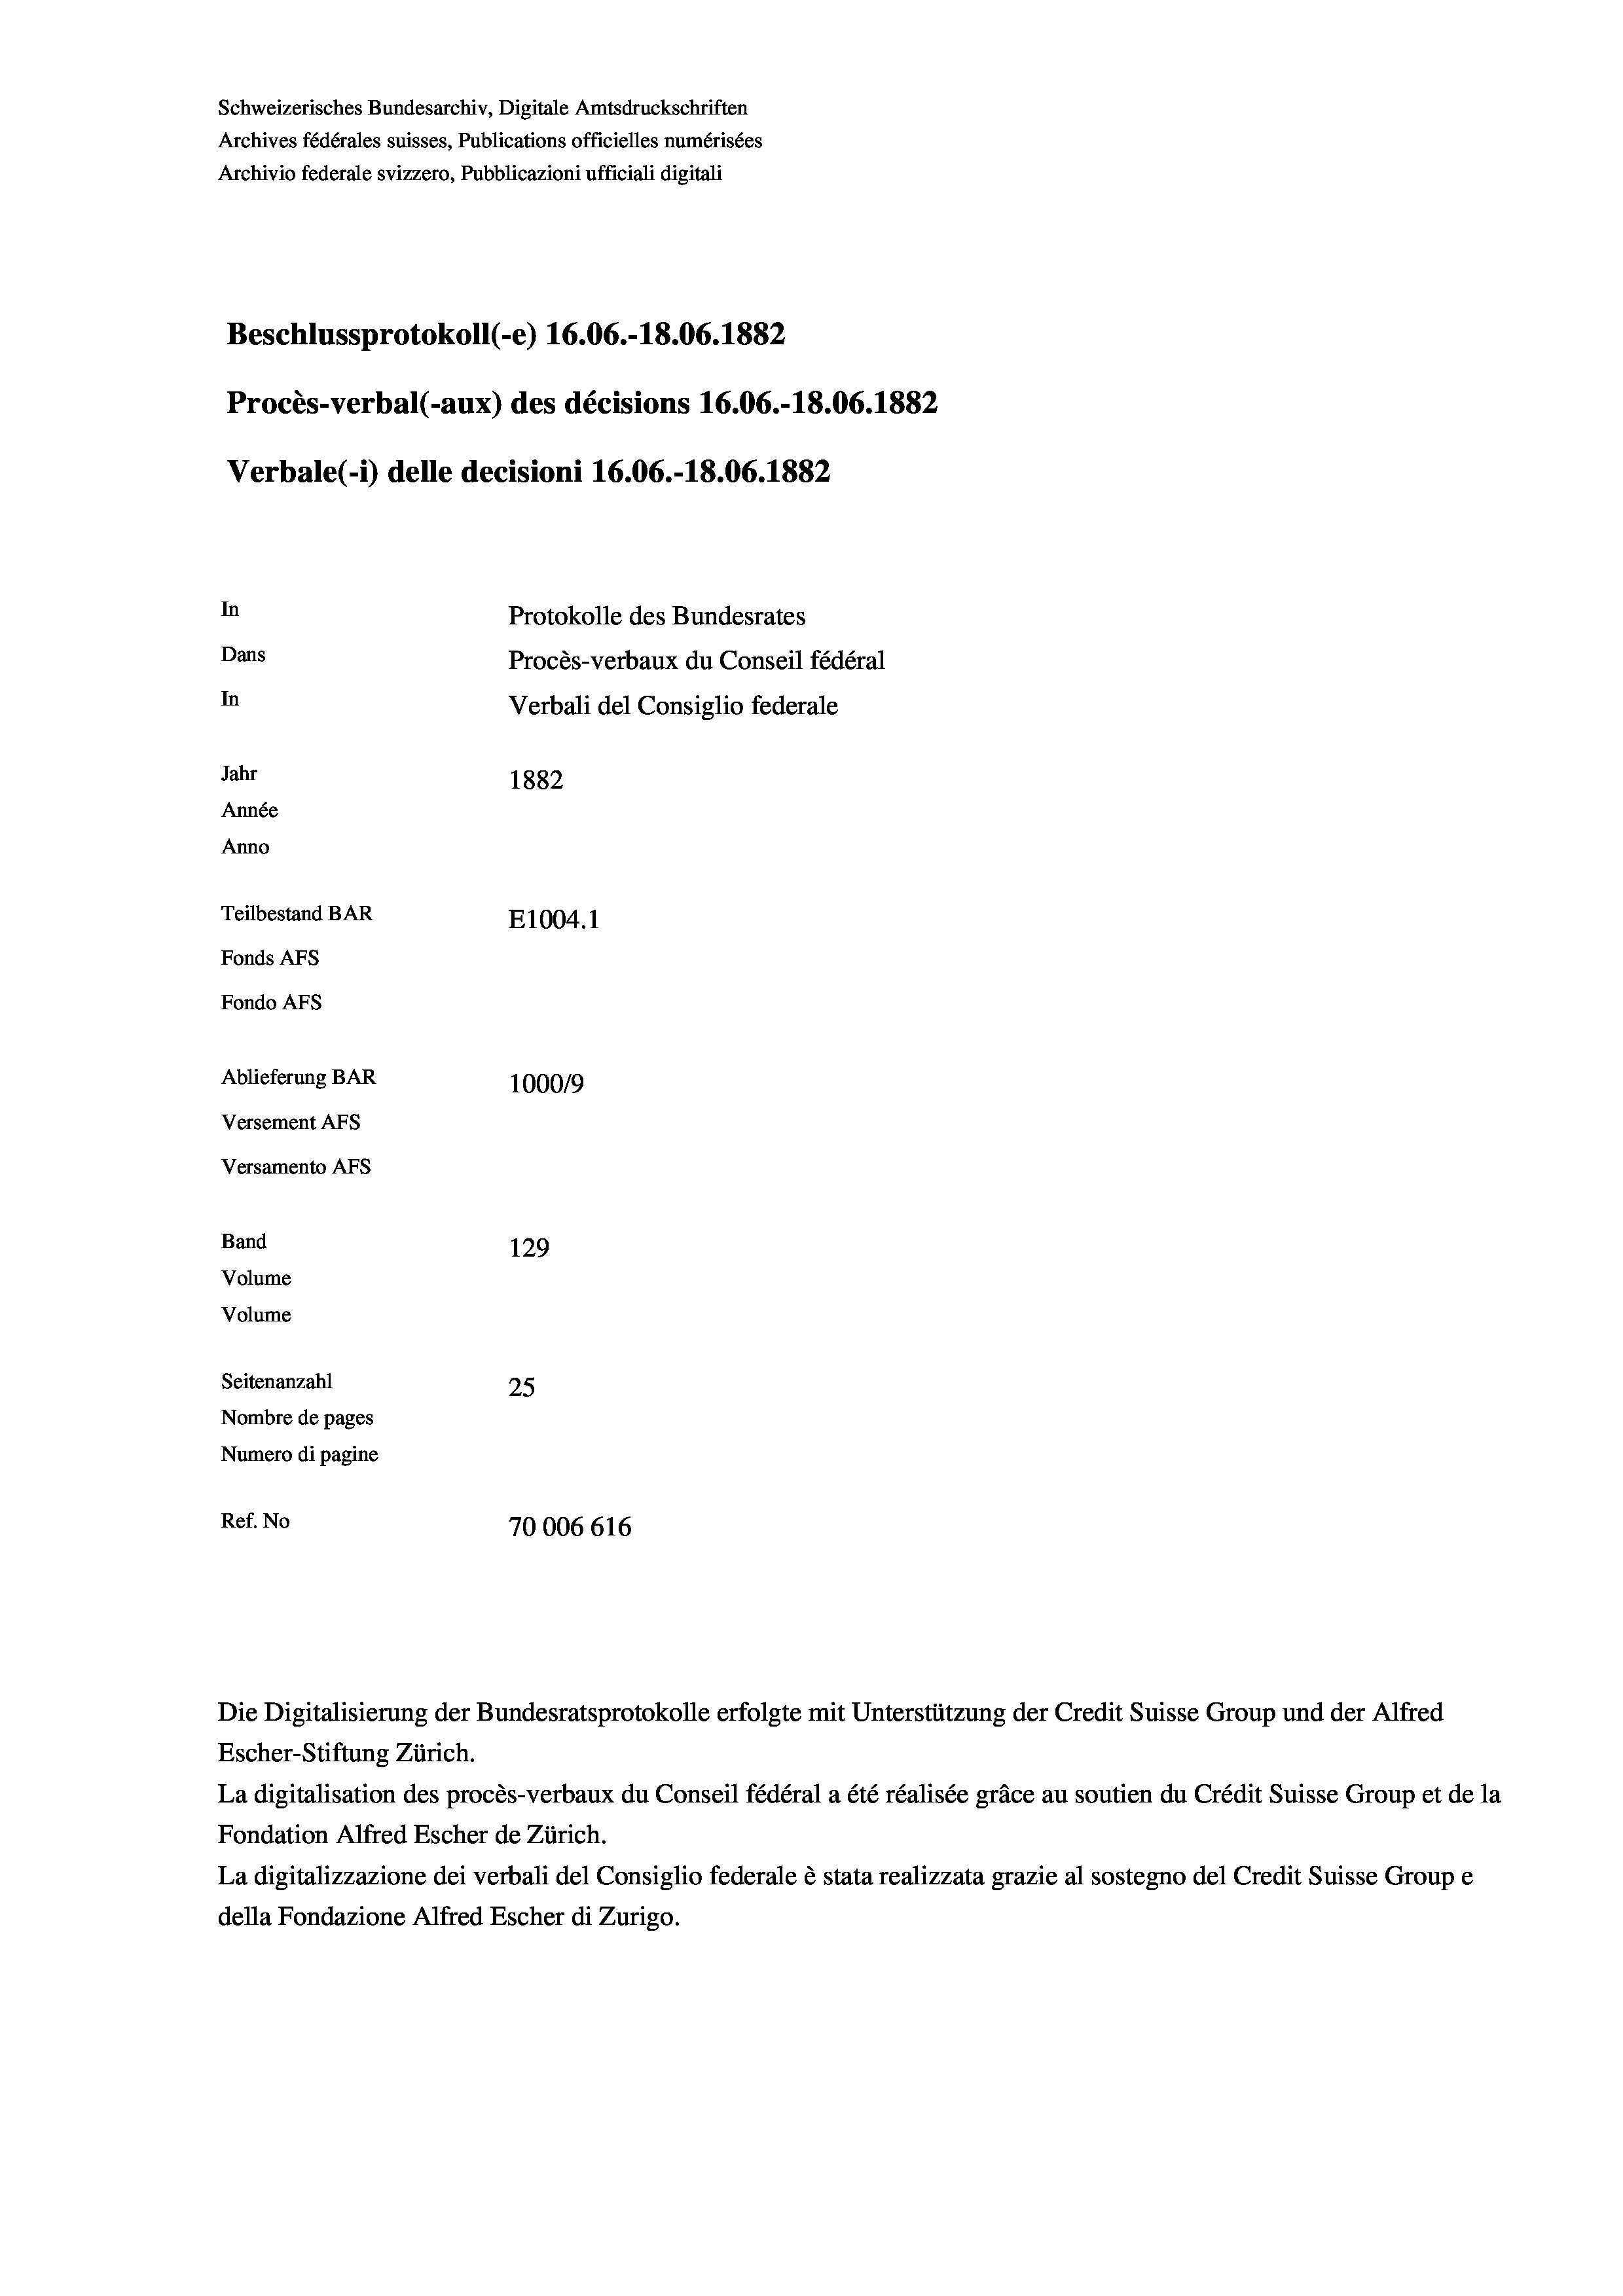
Schweizerisches Bundesarchiv, Digitale Amtsdruckschriften
Archives fédérales suisses, Publications officielles numérisées
Archivio federale svizzero, Pubblicazioni ufficiali digitali
Beschlussprotokoll (-e) 16.06.-18.06. 1882
Procès-verbal (-aux) des décisions 16.06.-18.06. 1882
Verbale(-*) delle decisioni 16.06.-18.06. 1882
In
Protokolle des Bundesrates
Dans
Procès-verbaux du Conseil fédéral
In
Verbali del Consiglio federale
Jahr
1882
Année
Anno
Teilbestand BAR
E1004. 1
Fonds AFs
Fondo AFS
Ablieferung BAR
1000/9
Versement AFs
Versamento AFs
Band
129
Volume
Volume
Seitenanzahl
25
Nombre de pages
Numero di pagine
Ref. No
70006 616

Escher-Stiftung Zürich.
La digitalisation des procès-verbaux du Conseil fédéral a été réalisée gräce au soutien du Crédit Suisse Group et de la
Fondation Alfred Escher de Zürich.
La digitalizzazione dei verbali del Consiglio federale è stata realizzata grazie al sostegno del Credit Suisse Groupe
della Fondazione Alfred Escher di Zurigo.

Die Digitalisierung der Bundesratsprotokolle erfolgte mit Unterstützung der Credit Suisse Group und der Alfred